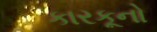
કારકૂનો